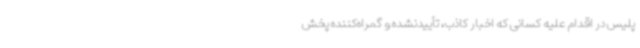
پلیس در اقدام علیه کسانی که اخبار کاذب، تأییدنشده و گمراه‌کننده پخش